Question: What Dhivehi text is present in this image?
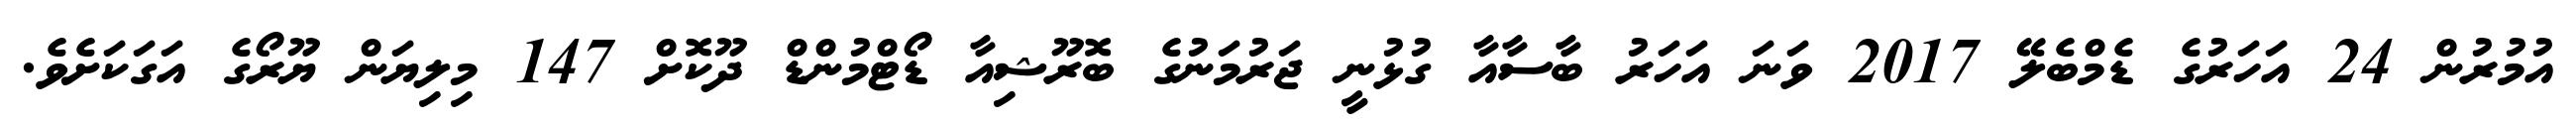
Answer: އުމުރުން 24 އަހަރުގެ ޑެމްބެލޭ 2017 ވަނަ އަހަރު ބާސާއާ ގުޅުނީ ޖަރުމަނުގެ ބޮރޫޝިއާ ޑޯޓްމުންޑް ދޫކޮށް 147 މިލިޔަން ޔޫރޯގެ އަގަކަށެވެ.